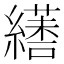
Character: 𦆏